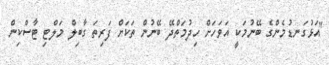
"އަޅުގަނޑުމެންގެ ބޭނުމަކީ އަވަހަށް ހިދުމަތްދޭ ބޭނުން ތަކަށް ފަރިތަ ގާބިލް މަލްޓި ޓާސްކިން